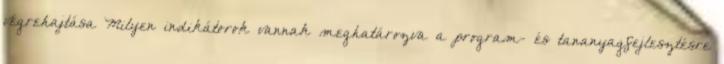
végrehajtása Milyen indikátorok vannak meghatározva a program- és tananyagfejlesztésre